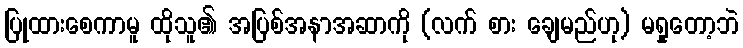
ပြုထားစေကာမူ ထိုသူ၏ အပြစ်အနာအဆာကို (လက် စား ချေမည်ဟု) မရှုတော့ဘဲ